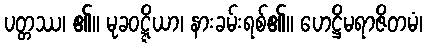
ပတ္တဿ၊ ၏။ မုခဝဋ္ဋိယာ၊ နားခမ်းရစ်၏။ ဟေဋ္ဌိမရာဇိတမံ၊